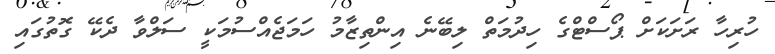
ހުރިހާ ރަށަކަށް ޕޯސްޓްގެ ހިދުމަތް ލިބޭނެ އިންތިޒާމު ހަމަޖެއްސުމަކީ ސަލްވާ ދެކޭ ގޮތުގައި